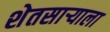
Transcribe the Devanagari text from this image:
शेतसाऱ्याला